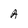
Character: A